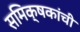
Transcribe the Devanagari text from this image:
समिक्षकांची